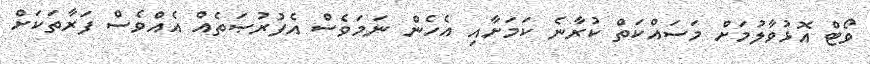
ވޯޓް އޮޅުވާލުމަށް މަސައްކަތް ކުރާނެ ކަމަށާއި އެހެން ނަމަވެސް އެފުރުޞަތެއް އެއްވެސް ފަރާތަކަށް